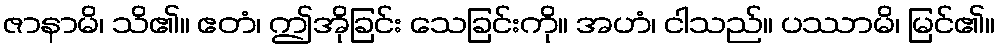
ဇာနာမိ၊ သိ၏။ ဧတံ၊ ဤအိုခြင်း သေခြင်းကို။ အဟံ၊ ငါသည်။ ပဿာမိ၊ မြင်၏။